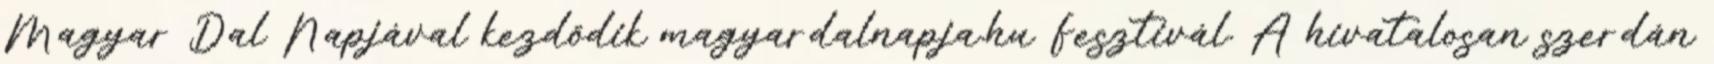
Magyar Dal Napjával kezdődik magyardalnapja.hu Fesztivál. A hivatalosan szerdán